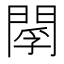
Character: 𨴫